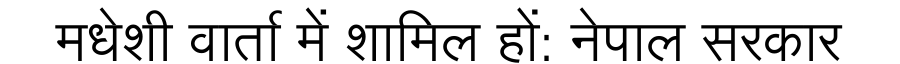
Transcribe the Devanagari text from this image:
मधेशी वार्ता में शामिल हों: नेपाल सरकार